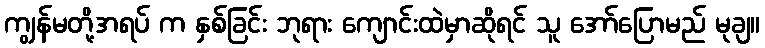
ကျွန်မတို့အရပ် က နှစ်ခြင်း ဘုရား ကျောင်းထဲမှာဆိုရင် သူ အော်ပြောမည် မုချ။